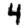
Digit: 4